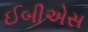
ઈબીએસ